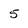
Character: 5